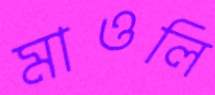
মাওলি